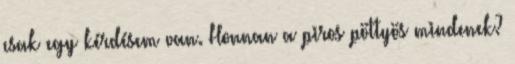
csak egy kérdésem van. Honnan a piros pöttyös mindenek?